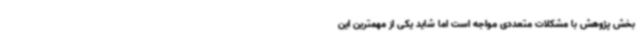
بخش پژوهش با مشکلات متعددی مواجه است اما شاید یکی از مهمترین این